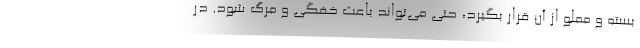
بسته و مملو از آن قرار بگیرد، حتی می‌تواند باعث خفگی و مرگ شود. در